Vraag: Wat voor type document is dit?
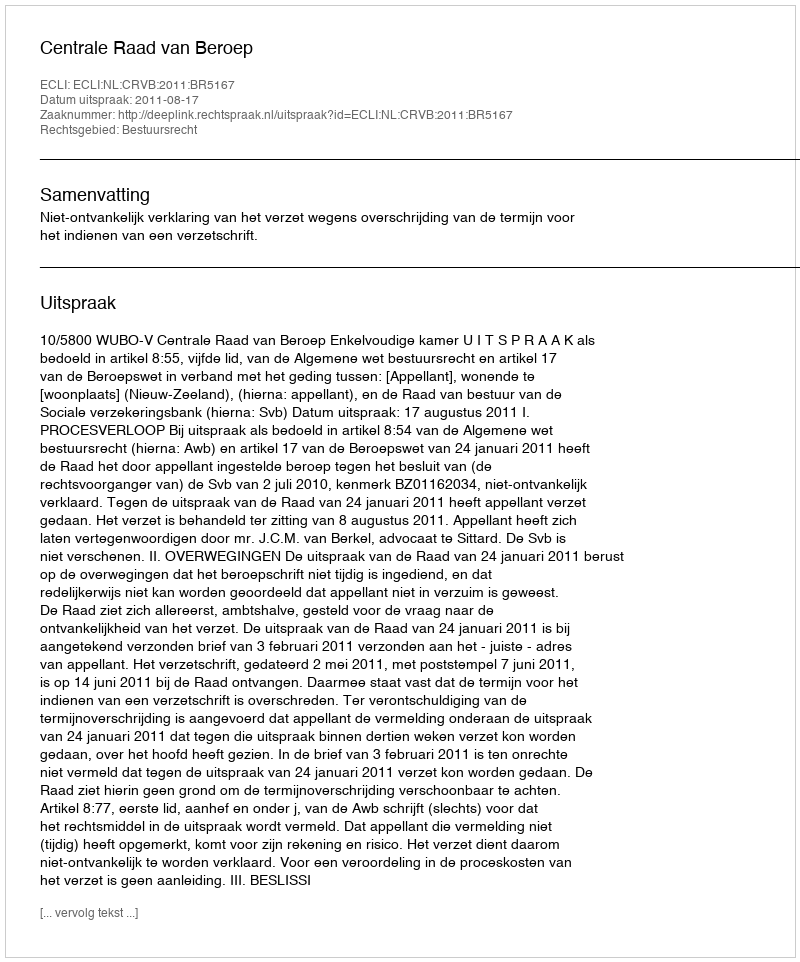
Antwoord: Uitspraak